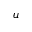
u